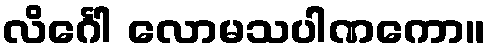
လိင်္ဂေါ လောမသပါဏကော။